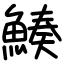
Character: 𩹀